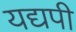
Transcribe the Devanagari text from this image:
यद्यपी